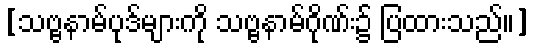
[သဗ္ဗနာမ်ပုဒ်များကို သဗ္ဗနာမ်ဂိုဏ်း၌ ပြထားသည်။]